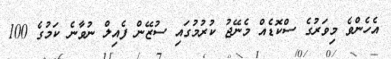
އެހެންވެ މިވަރުގެ ސްކޮޑެއް މެނޭޖު ކުރުމުގައި ސުޒޭން ފެއިލް ނުވާނެ ކަމުގެ 100